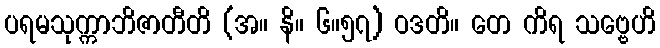
ပရမသုက္ကာဘိဇာတီတိ (အ။ နိ။ ၆။၅၇) ဝဒတိ။ တေ ကိရ သဗ္ဗေဟိ